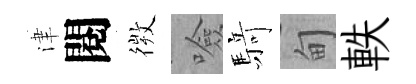
津閱𢕄噞𮪍甸軼